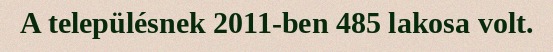
A településnek 2011-ben 485 lakosa volt.